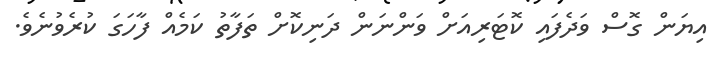
އިޔަން ގޮސް ވަދެފައި ކޮޓަރިއަށް ވަންނަން ދަނިކޮށް ތަފާތު ކަމެއް ފާހަގަ ކުރެވުނެވެ.